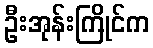
ဦးအုန်းကြိုင်က